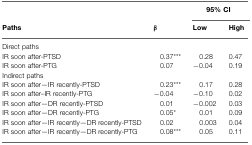
|  |  | <COLSPAN=2> 95% CI |
 | Paths | β | Low | High |
 | --- | --- | --- | --- |
 | Direct paths |  |  |  |
 | IR soon after-PTSD | 0.37*** | 0.28 | 0.47 |
 | IR soon after-PTG | 0.07 | –0.04 | 0.19 |
 | Indirect paths |  |  |  |
 | IR soon after—IR recently-PTSD | 0.23*** | 0.17 | 0.28 |
 | IR soon after–IR recently-PTG | –0.04 | –0.10 | 0.02 |
 | IR soon after—DR recently-PTSD | 0.01 | –0.002 | 0.03 |
 | IR soon after—DR recently-PTG | 0.05* | 0.01 | 0.09 |
 | IR soon after—IR recently—DR recently-PTSD | 0.02 | 0.003 | 0.04 |
 | IR soon after—IR recently—DR recently-PTG | 0.08*** | 0.05 | 0.11 |